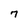
Character: 7